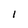
Character: l